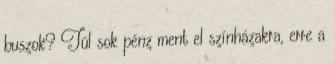
buszok? Túl sok pénz ment el színházakra, erre a